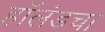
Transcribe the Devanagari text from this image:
हॉलंडचा